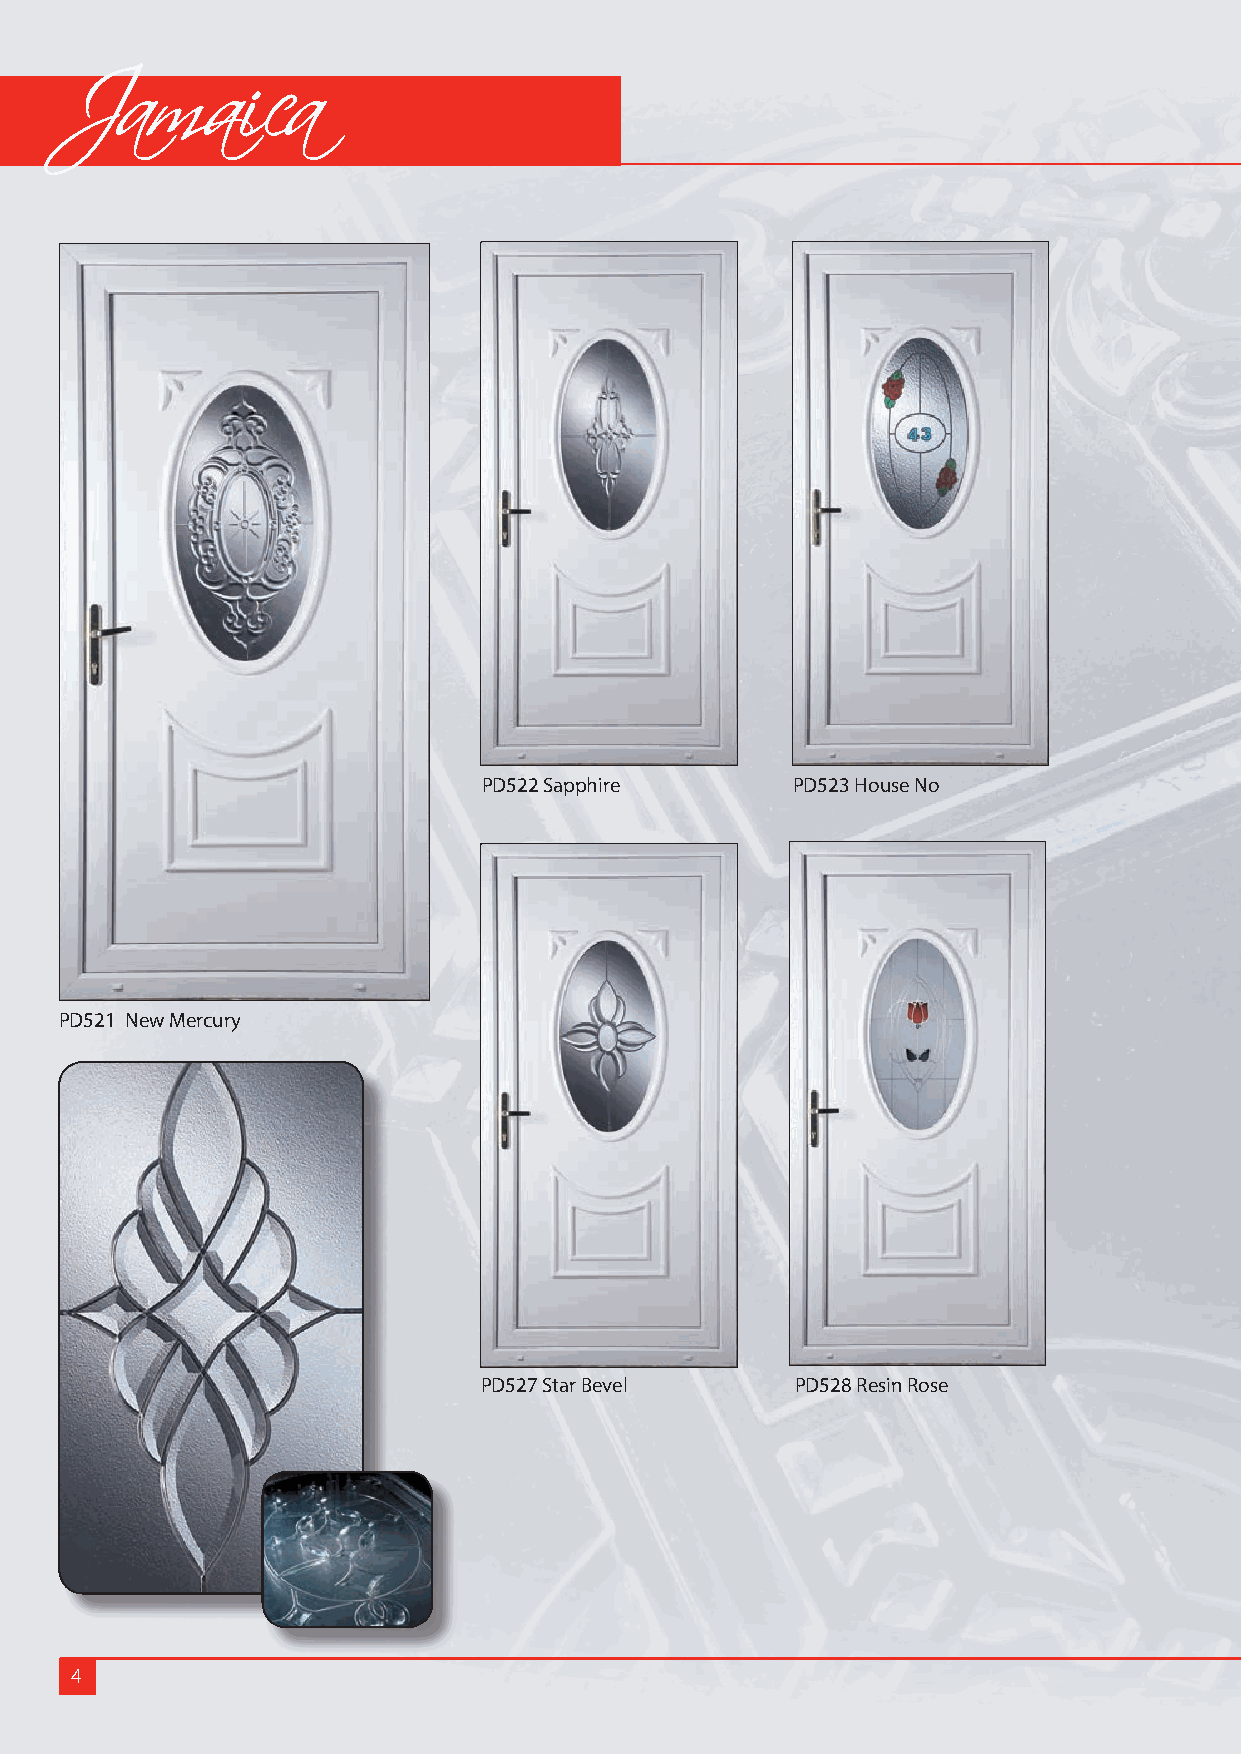
Jamaica
 PD522 Sapphire      PD523 House No
 PD521 New Mercury
 PD527 Star Bevel    PD528 Resin Rose
 4